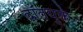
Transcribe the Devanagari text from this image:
दाँतयुक्त